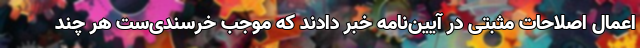
اعمال اصلاحات مثبتی در آیین‌نامه خبر دادند که موجب خرسندی‌ست هر چند